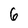
Character: 6